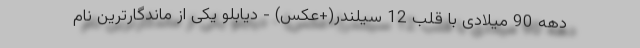
دهه 90 میلادی با قلب 12 سیلندر(+عکس) - دیابلو یکی از ماندگارترین نام